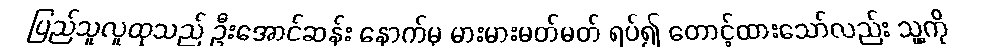
ပြည်သူလူထုသည် ဦးအောင်ဆန်း နောက်မှ မားမားမတ်မတ် ရပ်၍ တောင့်ထားသော်လည်း သူ့ကို